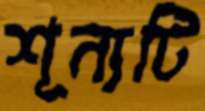
শূন্যটি